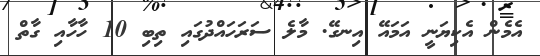
އެމެން އެކިޔަނީ އަމައޭ އިނގޭ. މާލެ ސަރަހައްދުގައި ތިބި 10 ހާހާއި ގާތް